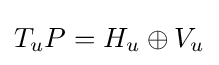
T_{u}P=H_{u}\oplus V_{u}